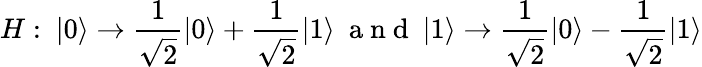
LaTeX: H:~\vert 0\rangle\rightarrow\frac{1}{\sqrt{2}}\vert 0\rangle+\frac{1}{\sqrt{2}}\vert 1\rangle~\mathrm{~a~n~d~}~\vert 1\rangle\rightarrow\frac{1}{\sqrt{2}}\vert 0\rangle-\frac{1}{\sqrt{2}}\vert 1\rangle